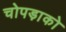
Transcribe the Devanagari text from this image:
चोपड़ाको